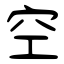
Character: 空